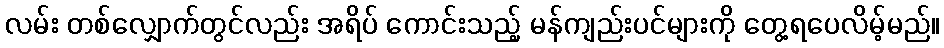
လမ်း တစ်လျှောက်တွင်လည်း အရိပ် ကောင်းသည့် မန်ကျည်းပင်များကို တွေ့ရပေလိမ့်မည်။